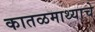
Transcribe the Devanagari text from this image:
कातळमाथ्याचे